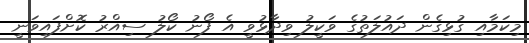
މިކަމާއި ގުޅިގެން ދައުލަތުގެ ވަކީލު ވިދާޅުވީ އެ ފޯނު ކޯލު ސިއްރު ކޮށްފައިވަނީ